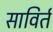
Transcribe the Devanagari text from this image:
साविर्त